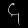
Digit: ၄